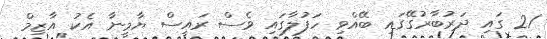
21 ގައި ދަރުބާރުގޭގައި ބޭއްވި ހަފުލާގައި ވެސް ރައީސް ޔާމީނާ އެކު އާޒިމް